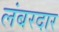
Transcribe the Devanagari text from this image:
लंबरदार